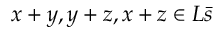
x + y , y + z , x + z \in L { \bar { s } }